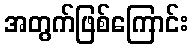
အတွက်ဖြစ်ကြောင်း